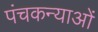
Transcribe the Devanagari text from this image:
पंचकन्याओं